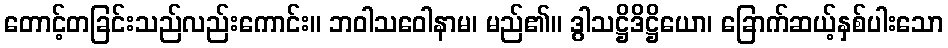
တောင့်တခြင်းသည်လည်းကောင်း။ ဘဝါသဝေါနာမ၊ မည်၏။ ဒွါသဋ္ဌိဒိဋ္ဌိယော၊ ခြောက်ဆယ့်နှစ်ပါးသော